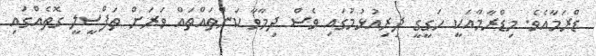
ޑްރަމާއެވެ. މިޑްރާމާއަކީ ހަގީގީ ދިރިއުޅުމުގައި ވެސް ދިމާވާ ކަންތައްތައް ވަރަށް ތަފްސީލީ ގޮތެއްގައި